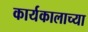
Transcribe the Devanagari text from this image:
कार्यकालाच्या